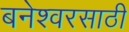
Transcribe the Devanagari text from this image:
बनेश्वरसाठी